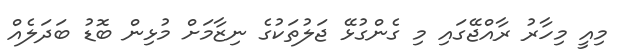
މިއީ މިހާރު ރާއްޖޭގައި މި ގެންގުޅޭ ޖަލުތަކުގެ ނިޒާމަށް މުޅިން ބޮޑު ބަދަލެއް